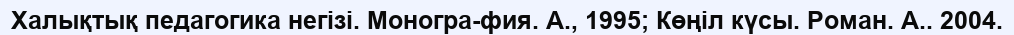
Халықтық педагогика негізі. Моногра­фия. А., 1995; Көңіл күсы. Роман. А.. 2004.